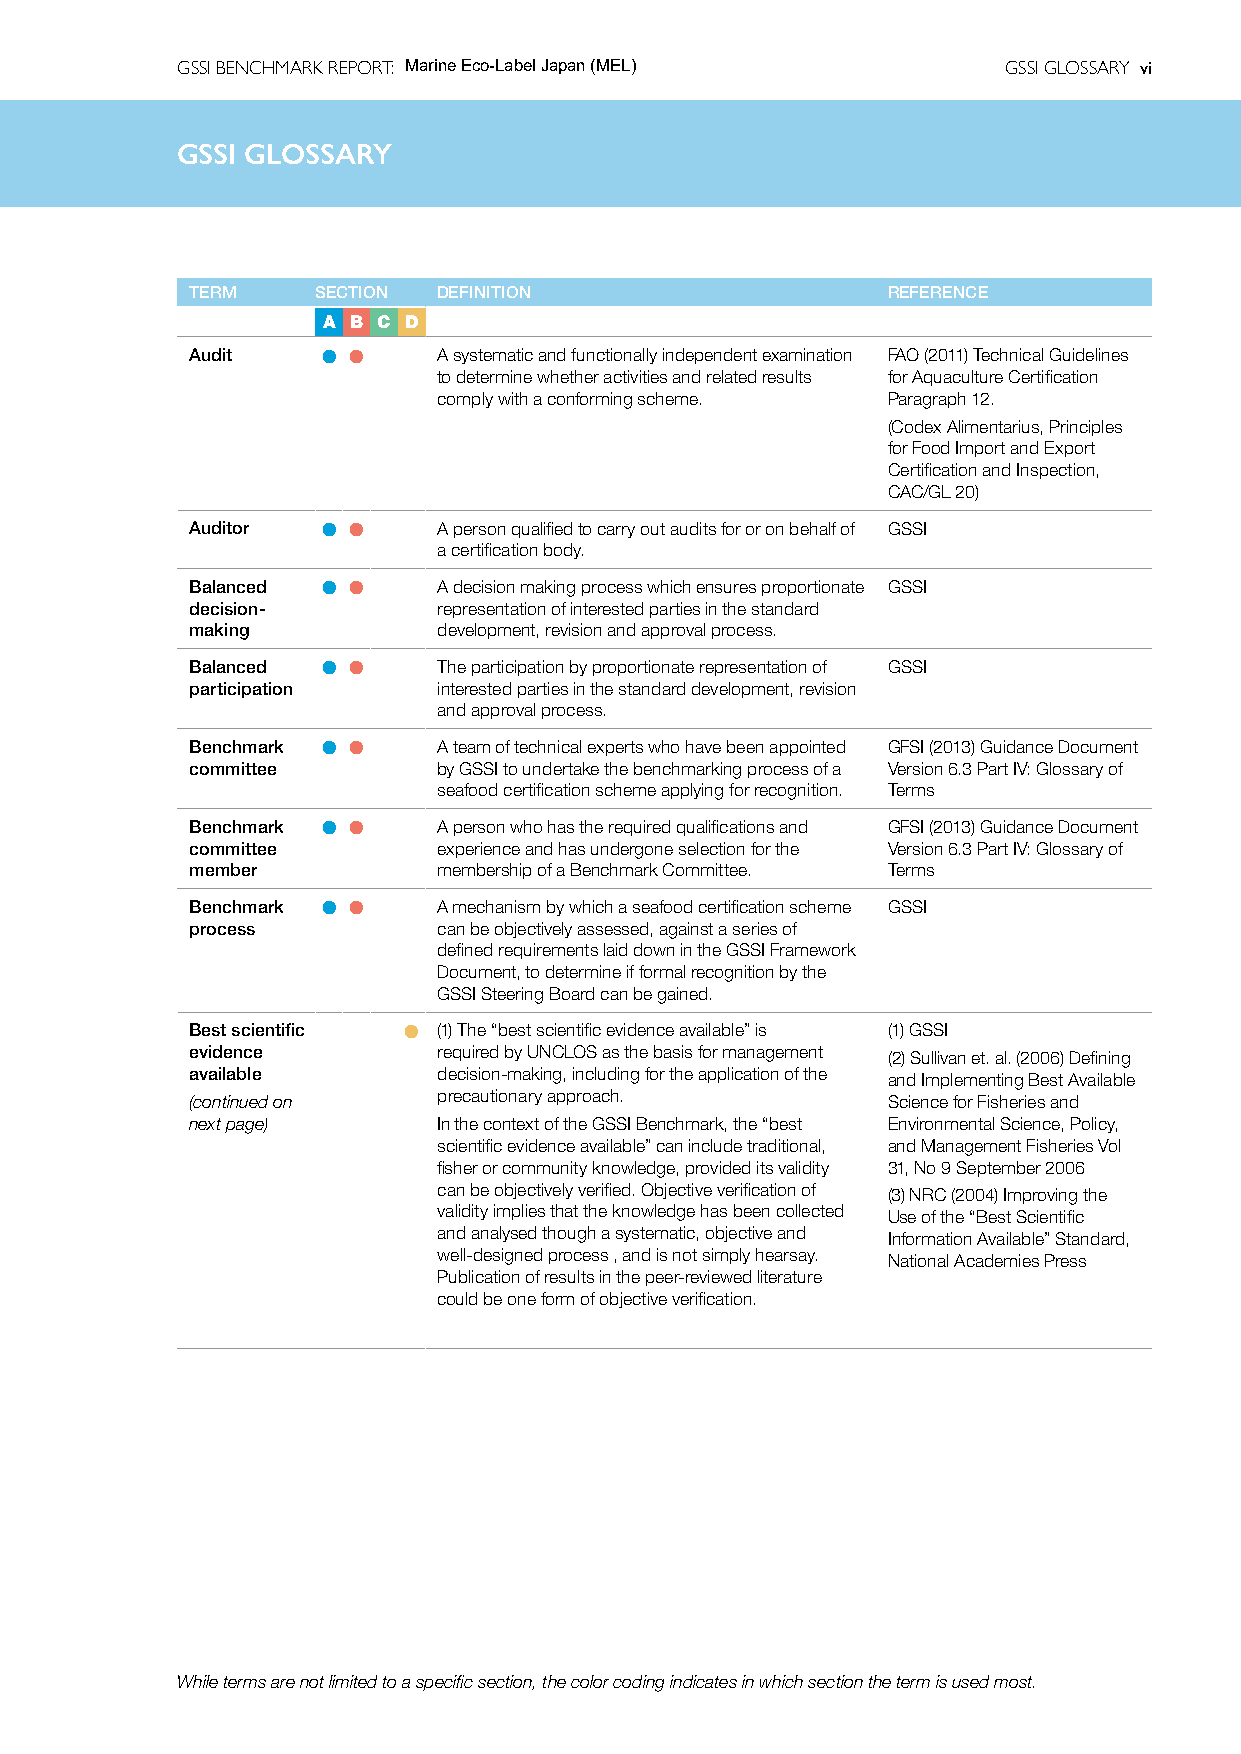
GSSI BENCHMARK REPORT: Marine Eco-Label Japan (MEL)    GSSI GLOSSARY vi
 GSSIG  GSSIl oGsLOsaSSrAyRY
 TERM    SECTION DEFINITION                    REFERENCE
 A B C D
 Audit   l l     A systematic and functionally independent examination FAO (2011) Technical Guidelines
 to determine whether activities and related results for Aquaculture Certification
 comply with a conforming scheme. Paragraph 12.
 (Codex Alimentarius, Principles
 for Food Import and Export
 Certification and Inspection,
 CAC/GL 20)
 Auditor l l     A person qualified to carry out audits for or on behalf of GSSI
 a certification body.
 Balanced l l    A decision making process which ensures proportionate GSSI
 decision-       representation of interested parties in the standard
 making          development, revision and approval process.
 Balanced l l    The participation by proportionate representation of GSSI
 participation   interested parties in the standard development, revision
 and approval process.
 Benchmark l l   A team of technical experts who have been appointed GFSI (2013) Guidance Document
 committee       by GSSI to undertake the benchmarking process of a Version 6.3 Part IV: Glossary of
 seafood certification scheme applying for recognition. Terms
 Benchmark l l   A person who has the required qualifications and GFSI (2013) Guidance Document
 committee       experience and has undergone selection for the Version 6.3 Part IV: Glossary of
 member          membership of a Benchmark Committee. Terms
 Benchmark l l   A mechanism by which a seafood certification scheme GSSI
 process         can be objectively assessed, against a series of
 defined requirements laid down in the GSSI Framework
 Document, to determine if formal recognition by the
 GSSI Steering Board can be gained.
 Best scientific l (1) The “best scientific evidence available” is (1) GSSI
 evidence        required by UNCLOS as the basis for management (2) Sullivan et. al. (2006) Defining
 available       decision-making, including for the application of the and Implementing Best Available
 (continued on   precautionary approach.       Science for Fisheries and
 next page)      In the context of the GSSI Benchmark, the “best Environmental Science, Policy,
 scientific evidence available” can include traditional, and Management Fisheries Vol
 fisher or community knowledge, provided its validity 31, No 9 September 2006
 can be objectively verified. Objective verification of (3) NRC (2004) Improving the
 validity implies that the knowledge has been collected Use of the “Best Scientific
 and analysed though a systematic, objective and Information Available” Standard,
 well-designed process , and is not simply hearsay. National Academies Press
 Publication of results in the peer-reviewed literature
 could be one form of objective verification.
 While terms are not limited to a specific section, the color coding indicates in which section the term is used most.